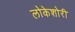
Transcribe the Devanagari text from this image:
लोकेशोरी